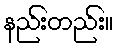
နည်းတည်း။